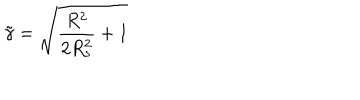
\tilde { \gamma } = \sqrt { \frac { R ^ { 2 } } { 2 R _ { s } ^ { 2 } } + 1 }